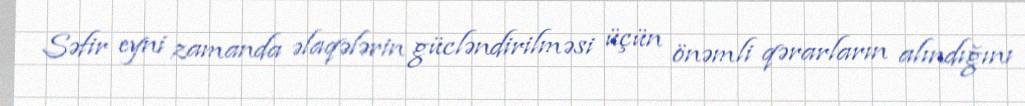
Səfir eyni zamanda əlaqələrin gücləndirilməsi üçün önəmli qərarların alındığını